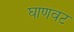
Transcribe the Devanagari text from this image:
घाणवट